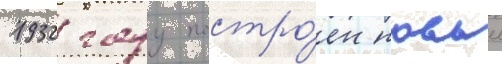
1932 году постро́ен новыи